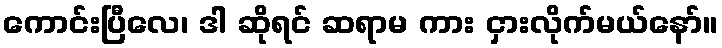
ကောင်းပြီလေ၊ ဒါ ဆိုရင် ဆရာမ ကား ငှားလိုက်မယ်နော်။